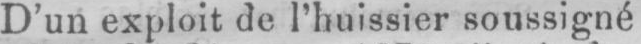
D’un exploit de l’huissier soussigné